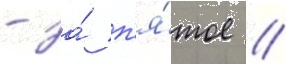
- за́ п'я́тое //